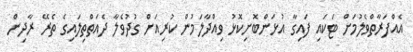
އެއްފަރާތްވެލުމަށް ޓަކައި ފައިގާ އުޅަންބޮށިކޮޅު ވިއްދާލަމުން ކުރިއަށް ގުދުވެލާ ދެއަތްތިލައިގެ ތެރޭ ރާދިން